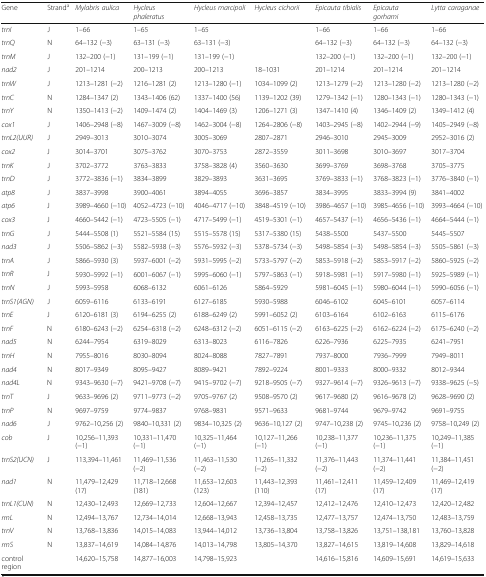
<table><thead><tr><td><b>Gene</b></td><td><b>Strand<sup>a</sup></b></td><td><b><i>Mylabris aulica</i></b></td><td><b><i>Hycleus phaleratus</i></b></td><td><b><i>Hycleus marcipoli</i></b></td><td><b><i>Hycleus cichorii</i></b></td><td><b><i>Epicauta tibialis</i></b></td><td><b><i>Epicauta gorhami</i></b></td><td><b><i>Lytta caraganae</i></b></td></tr></thead><tbody><tr><td><i>trnI</i></td><td>J</td><td>1–66</td><td>1–65</td><td>1–65</td><td>[EMPTY_CELL]</td><td>1–66</td><td>1–66</td><td>1–66</td></tr><tr><td><i>trnQ</i></td><td>N</td><td>64–132 (−3)</td><td>63–131 (−3)</td><td>63–131 (−3)</td><td>[EMPTY_CELL]</td><td>64–132 (−3)</td><td>64–132 (−3)</td><td>64–132 (−3)</td></tr><tr><td><i>trnM</i></td><td>J</td><td>132–200 (−1)</td><td>131–199 (−1)</td><td>131–199 (−1)</td><td>[EMPTY_CELL]</td><td>132–200 (−1)</td><td>132–200 (−1)</td><td>132–200 (−1)</td></tr><tr><td><i>nad2</i></td><td>J</td><td>201–1214</td><td>200–1213</td><td>200–1213</td><td>18–1031</td><td>201–1214</td><td>201–1214</td><td>201–1214</td></tr><tr><td><i>trnW</i></td><td>J</td><td>1213–1281 (−2)</td><td>1216–1281 (2)</td><td>1213–1280 (−1)</td><td>1034–1099 (2)</td><td>1213–1279 (−2)</td><td>1213–1280 (−2)</td><td>1213–1280 (−2)</td></tr><tr><td><i>trnC</i></td><td>N</td><td>1284–1347 (2)</td><td>1343–1406 (62)</td><td>1337–1400 (56)</td><td>1139–1202 (39)</td><td>1279–1342 (−1)</td><td>1280–1343 (−1)</td><td>1280–1343 (−1)</td></tr><tr><td><i>trnY</i></td><td>N</td><td>1350–1413 (−2)</td><td>1409–1474 (2)</td><td>1404–1469 (3)</td><td>1206–1271 (3)</td><td>1347–1410 (4)</td><td>1346–1409 (2)</td><td>1349–1412 (4)</td></tr><tr><td><i>cox1</i></td><td>J</td><td>1406–2948 (−8)</td><td>1467–3009 (−8)</td><td>1462–3004 (−8)</td><td>1264–2806 (−8)</td><td>1403–2945 (−8)</td><td>1402–2944 (−9)</td><td>1405–2949 (−8)</td></tr><tr><td><i>trnL2(UUR)</i></td><td>J</td><td>2949–3013</td><td>3010–3074</td><td>3005–3069</td><td>2807–2871</td><td>2946–3010</td><td>2945–3009</td><td>2952–3016 (2)</td></tr><tr><td><i>cox2</i></td><td>J</td><td>3014–3701</td><td>3075–3762</td><td>3070–3753</td><td>2872–3559</td><td>3011–3698</td><td>3010–3697</td><td>3017–3704</td></tr><tr><td><i>trnK</i></td><td>J</td><td>3702–3772</td><td>3763–3833</td><td>3758–3828 (4)</td><td>3560–3630</td><td>3699–3769</td><td>3698–3768</td><td>3705–3775</td></tr><tr><td><i>trnD</i></td><td>J</td><td>3772–3836 (−1)</td><td>3834–3899</td><td>3829–3893</td><td>3631–3695</td><td>3769–3833 (−1)</td><td>3768–3823 (−1)</td><td>3776–3840 (−1)</td></tr><tr><td><i>atp8</i></td><td>J</td><td>3837–3998</td><td>3900–4061</td><td>3894–4055</td><td>3696–3857</td><td>3834–3995</td><td>3833–3994 (9)</td><td>3841–4002</td></tr><tr><td><i>atp6</i></td><td>J</td><td>3989–4660 (−10)</td><td>4052–4723 (−10)</td><td>4046–4717 (−10)</td><td>3848–4519 (−10)</td><td>3986–4657 (−10)</td><td>3985–4656 (−10)</td><td>3993–4664 (−10)</td></tr><tr><td><i>cox3</i></td><td>J</td><td>4660–5442 (−1)</td><td>4723–5505 (−1)</td><td>4717–5499 (−1)</td><td>4519–5301 (−1)</td><td>4657–5437 (−1)</td><td>4656–5436 (−1)</td><td>4664–5444 (−1)</td></tr><tr><td><i>trnG</i></td><td>J</td><td>5444–5508 (1)</td><td>5521–5584 (15)</td><td>5515–5578 (15)</td><td>5317–5380 (15)</td><td>5438–5500</td><td>5437–5500</td><td>5445–5507</td></tr><tr><td><i>nad3</i></td><td>J</td><td>5506–5862 (−3)</td><td>5582–5938 (−3)</td><td>5576–5932 (−3)</td><td>5378–5734 (−3)</td><td>5498–5854 (−3)</td><td>5498–5854 (−3)</td><td>5505–5861 (−3)</td></tr><tr><td><i>trnA</i></td><td>J</td><td>5866–5930 (3)</td><td>5937–6001 (−2)</td><td>5931–5995 (−2)</td><td>5733–5797 (−2)</td><td>5853–5918 (−2)</td><td>5853–5917 (−2)</td><td>5860–5925 (−2)</td></tr><tr><td><i>trnR</i></td><td>J</td><td>5930–5992 (−1)</td><td>6001–6067 (−1)</td><td>5995–6060 (−1)</td><td>5797–5863 (−1)</td><td>5918–5981 (−1)</td><td>5917–5980 (−1)</td><td>5925–5989 (−1)</td></tr><tr><td><i>trnN</i></td><td>J</td><td>5993–5958</td><td>6068–6132</td><td>6061–6126</td><td>5864–5929</td><td>5981–6045 (−1)</td><td>5980–6044 (−1)</td><td>5990–6056 (−1)</td></tr><tr><td><i>trnS1(AGN)</i></td><td>J</td><td>6059–6116</td><td>6133–6191</td><td>6127–6185</td><td>5930–5988</td><td>6046–6102</td><td>6045–6101</td><td>6057–6114</td></tr><tr><td><i>trnE</i></td><td>J</td><td>6120–6181 (3)</td><td>6194–6255 (2)</td><td>6188–6249 (2)</td><td>5991–6052 (2)</td><td>6103–6164</td><td>6102–6163</td><td>6115–6176</td></tr><tr><td><i>trnF</i></td><td>N</td><td>6180–6243 (−2)</td><td>6254–6318 (−2)</td><td>6248–6312 (−2)</td><td>6051–6115 (−2)</td><td>6163–6225 (−2)</td><td>6162–6224 (−2)</td><td>6175–6240 (−2)</td></tr><tr><td><i>nad5</i></td><td>N</td><td>6244–7954</td><td>6319–8029</td><td>6313–8023</td><td>6116–7826</td><td>6226–7936</td><td>6225–7935</td><td>6241–7951</td></tr><tr><td><i>trnH</i></td><td>N</td><td>7955–8016</td><td>8030–8094</td><td>8024–8088</td><td>7827–7891</td><td>7937–8000</td><td>7936–7999</td><td>7949–8011</td></tr><tr><td><i>nad4</i></td><td>N</td><td>8017–9349</td><td>8095–9427</td><td>8089–9421</td><td>7892–9224</td><td>8001–9333</td><td>8000–9332</td><td>8012–9344</td></tr><tr><td><i>nad4L</i></td><td>N</td><td>9343–9630 (−7)</td><td>9421–9708 (−7)</td><td>9415–9702 (−7)</td><td>9218–9505 (−7)</td><td>9327–9614 (−7)</td><td>9326–9613 (−7)</td><td>9338–9625 (−5)</td></tr><tr><td><i>trnT</i></td><td>J</td><td>9633–9696 (2)</td><td>9711–9773 (−2)</td><td>9705–9767 (2)</td><td>9508–9570 (2)</td><td>9617–9680 (2)</td><td>9616–9678 (2)</td><td>9628–9690 (2)</td></tr><tr><td><i>trnP</i></td><td>N</td><td>9697–9759</td><td>9774–9837</td><td>9768–9831</td><td>9571–9633</td><td>9681–9744</td><td>9679–9742</td><td>9691–9755</td></tr><tr><td><i>nad6</i></td><td>J</td><td>9762–10,256 (2)</td><td>9840–10,331 (2)</td><td>9834–10,325 (2)</td><td>9636–10,127 (2)</td><td>9747–10,238 (2)</td><td>9745–10,236 (2)</td><td>9758–10,249 (2)</td></tr><tr><td><i>cob</i></td><td>J</td><td>10,256–11,393 (−1)</td><td>10,331–11,470 (−1)</td><td>10,325–11,464 (−1)</td><td>10,127–11,266 (−1)</td><td>10,238–11,377 (−1)</td><td>10,236–11,375 (−1)</td><td>10,249–11,385 (−1)</td></tr><tr><td><i>trnS2(UCN)</i></td><td>J</td><td>113,394–11,461</td><td>11,469–11,536 (−2)</td><td>11,463–11,530 (−2)</td><td>11,265–11,332 (−2)</td><td>11,376–11,443 (−2)</td><td>11,374–11,441 (−2)</td><td>11,384–11,451 (−2)</td></tr><tr><td><i>nad1</i></td><td>N</td><td>11,479–12,429 (17)</td><td>11,718–12,668 (181)</td><td>11,653–12,603 (123)</td><td>11,443–12,393 (110)</td><td>11,461–12,411 (17)</td><td>11,459–12,409 (17)</td><td>11,469–12,419 (17)</td></tr><tr><td><i>trnL1(CUN)</i></td><td>N</td><td>12,430–12,493</td><td>12,669–12,733</td><td>12,604–12,667</td><td>12,394–12,457</td><td>12,412–12,476</td><td>12,410–12,473</td><td>12,420–12,482</td></tr><tr><td><i>rrnL</i></td><td>N</td><td>12,494–13,767</td><td>12,734–14,014</td><td>12,668–13,943</td><td>12,458–13,735</td><td>12,477–13,757</td><td>12,474–13,750</td><td>12,483–13,759</td></tr><tr><td><i>trnV</i></td><td>N</td><td>13,768–13,836</td><td>14,015–14,083</td><td>13,944–14,012</td><td>13,736–13,804</td><td>13,758–13,826</td><td>13,751–138,181</td><td>13,760–13,828</td></tr><tr><td><i>rrnS</i></td><td>N</td><td>13,837–14,619</td><td>14,084–14,876</td><td>14,013–14,798</td><td>13,805–14,370</td><td>13,827–14,615</td><td>13,819–14,608</td><td>13,829–14,618</td></tr><tr><td>control region</td><td>[EMPTY_CELL]</td><td>14,620–15,758</td><td>14,877–16,003</td><td>14,798–15,923</td><td>[EMPTY_CELL]</td><td>14,616–15,816</td><td>14,609–15,691</td><td>14,619–15,633</td></tr></tbody></table>